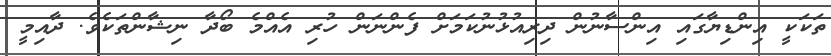
ތަކަކީ އިންޑިޔާގައި އިންސާނުން ދިރިއުޅުނުކަމަށް ފެންނަން ހުރި އެއްމެ ބޯދާ ނިޝާންތަކެވެ. ދާއިމީ